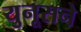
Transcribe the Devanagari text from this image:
युनूसने